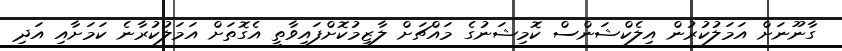
ގާނޫނަށް އަމަލުކުރުން އިލެކްޝަންސް ކޮމިޝަނުގެ މައްޗަށް ލާޒިމުކޮށްފައިވާތީ އެގޮތަށް އަމަލުކުރާނެ ކަމަށާއި އަދި